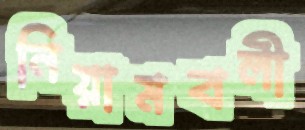
নিয়ামবলী